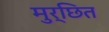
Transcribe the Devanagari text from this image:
मुर्छित